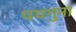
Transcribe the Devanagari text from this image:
पचगुना